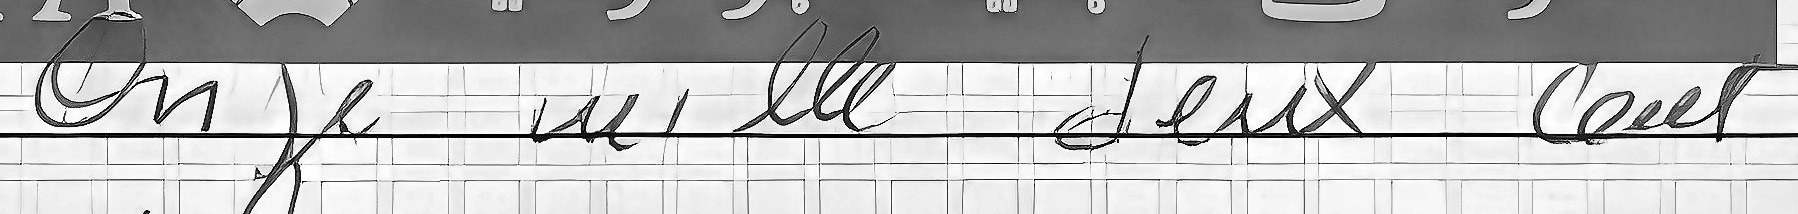
Onze mille deux cent